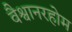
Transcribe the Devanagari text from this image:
वैश्वानरहोम